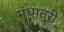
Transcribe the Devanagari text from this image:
मंधातरी